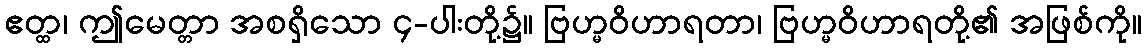
ဧတ္ထ၊ ဤမေတ္တာ အစရှိသော ၄-ပါးတို့၌။ ဗြဟ္မဝိဟာရတာ၊ ဗြဟ္မဝိဟာရတို့၏ အဖြစ်ကို။